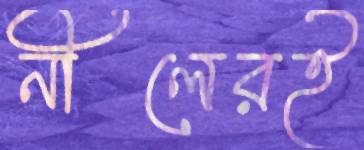
নীলেরই